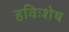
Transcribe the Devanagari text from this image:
हविःशेष